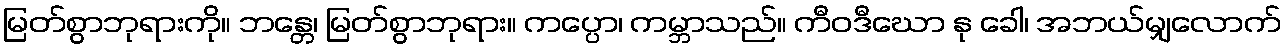
မြတ်စွာဘုရားကို။ ဘန္တေ၊ မြတ်စွာဘုရား။ ကပ္ပော၊ ကမ္ဘာသည်။ ကီဝဒီဃော နု ခေါ၊ အဘယ်မျှလောက်